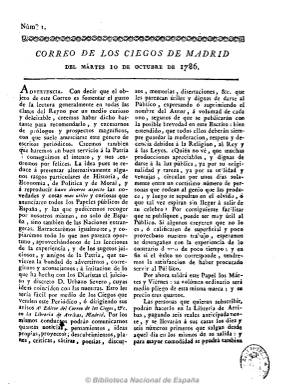
Título: Correo de Madrid (ó de los ciegos)
Otros títulos: Correo de los ciegos de Madrid || Correo de los ciegos de Madrid || Correo de Madrid || Correo de Madrid || Correo de los ciegos || Correo de los ciegos
Colección: Periódicos anteriores a 1850
Ámbito geográfico: Madrid
Lugar de publicación: Madrid
Fechas: 10/10/1786-24/02/1791

Aparece durante la gran explosión publicística producida durante el reinado de Carlos III, el diez de octubre de 1786, con el título de Correo de los ciegos de Madrid, titulándose así por ir destinado a la venta callejera (aunque también se difundió a través de sucripciones), lo que se ha considerado como una nueva innovación de Francisco Mariano de Nipho, al que algunos de los estudios consideran su fundador, aunque otros no lo creen así, dado el carácter progresista de la publicación. Con la leyenda “obra periódica en la que se publican rasgos de varia literatura, noticias y los escritos de toda especie que se dirigen al editor”, en abril de 1787 cambia su título a Correo de Madrid. Mientras que Pedro Gómez Aparicio lo califica de “anodino”, María Dolores Sáiz le otorga especial interés por sus artículos dedicados a la divulgación de la actualidad literaria, económica, científica y técnica, señalando la gran innovación que suponen sus críticas contra las estructuras económicas, políticas, institucionales y sociales del Antiguo Régimen, en forma de cartas o discursos, inscribiéndose en la tradición del periodismo crítico, que denuncia la injusticia, la desigualdad, la intolerancia y el oscurantismo, y estando aliado con los sectores progresistas ilustrados.

El responsable del bisemanario, que salía los martes y viernes, y que, desde 1790, pasó a semanal, ha sido identificado como Antonio de Manegat, siendo sus principales colaboradores el médico y poeta Manuel Casal, con el seudónimo de “Lucas Alemán y Aguado”,; el ilustrado radical Manuel María Aguirre, con el seudónimo de “Militar Ingenuo”, y Cayetano Cano. En el Correo de los ciegos -como siempre fue conocido- José Cadalso publicó sus Cartas marruecas, y en el también colaboraron Juan Pablo Forner, Tomás de Iriarte y Juan Meléndez Valdés, entre otros. Y compitió con Diario de Madrid, de Santiago Thevin.

Primero en números de cuatro páginas, que después aumentaría en ocasiones a ocho, a partir de agosto de 1787, y siempre a dos columnas, apareció con el objeto de “fomentar el gusto por la lectura generalmente en todas las clases del Reyno por un medio curioso y deleitable”. Le dedicó especial importante a los artículos literarios, tanto los de divulgación (fue difusor de la literatura neoclásica) como a las composiciones poéticas, las fábulas, los cuentos y las cartas; también a los de teatro, con comentarios y críticas de los lectores sobre obras dramáticas, sus autores, directores de escena y actores; así como a los de historia, economía, derecho, política, religión y moral, y a otros de carácter útil, curiosos y técnicos, generalmente extractos de otros periódicos españoles y extranjeros. Incluyó un amplio espacio para la correspondencia de los lectores, y son también destacables sus artículos sobre crítica social y de costumbres.

Desaparece el 24 de febrero de 1791, al dictarse la Real resolución de ese día, inspirada por Floridablanca, que decretó la suspensión de todos los periódicos, excepto los oficialistas Gaceta de Madrid y Mercurio de España y Diario de Madrid. Salió de las prensas de la Imprenta Real y de Josef Herrera, entre otras.